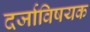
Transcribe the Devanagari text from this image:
दर्जाविषयक